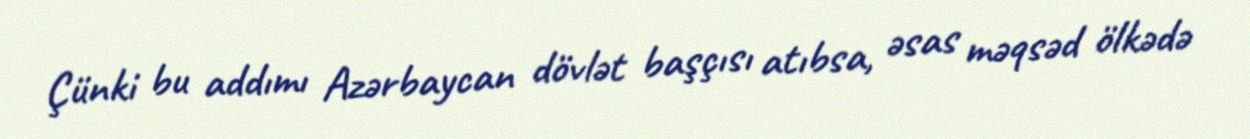
Çünki bu addımı Azərbaycan dövlət başçısı atıbsa, əsas məqsəd ölkədə